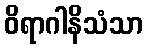
ဝိရာဂါနိသံသာ